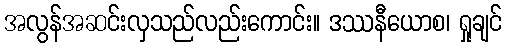
အလွန်အဆင်းလှသည်လည်းကောင်း။ ဒဿနီယောစ၊ ရှုချင်